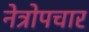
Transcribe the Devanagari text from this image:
नेत्रोपचार